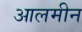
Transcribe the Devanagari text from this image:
आलमीन